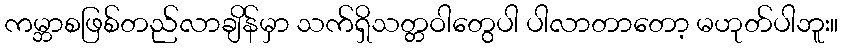
ကမ္ဘာစဖြစ်တည်လာချိန်မှာ သက်ရှိသတ္တဝါတွေပါ ပါလာတာတော့ မဟုတ်ပါဘူး။